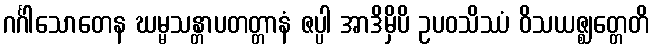
ဂင်္ဂါသောတေန ဃမ္မသန္တာပတတ္တာနံ ဇပ္ပါ အာဒိမှိပိ ဥပဝသိဿံ ဝိသယဇ္ဈတ္တေတိ